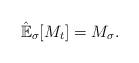
LaTeX: \begin{align*}\mathbb{\hat{E}}_{\sigma}[M_{t}]=M_{\sigma}. \end{align*}